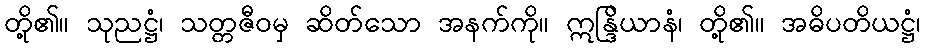
တို့၏။ သုညဋ္ဌံ၊ သတ္တဇီဝမှ ဆိတ်သော အနက်ကို။ ဣန္ဒြိယာနံ၊ တို့၏။ အဓိပတိယဋ္ဌံ၊